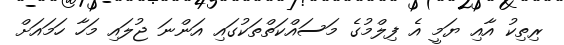
ރިތިކު އާއި ޔަމީ އެ ފިލްމުގެ މަސައްކަތްތަކުގައި އަންނަ ޖުލައި މަހާ ހަމައަށް